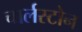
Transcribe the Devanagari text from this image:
चार्लस्टोन